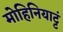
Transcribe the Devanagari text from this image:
मोहिनियाट्टं